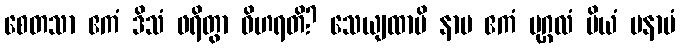
စေတသာ ဧကံ ဒိသံ ဖရိတွာ ဝိဟရတိ? သေယျထာပိ နာမ ဧကံ ပုဂ္ဂလံ ပိယံ မနာပံ